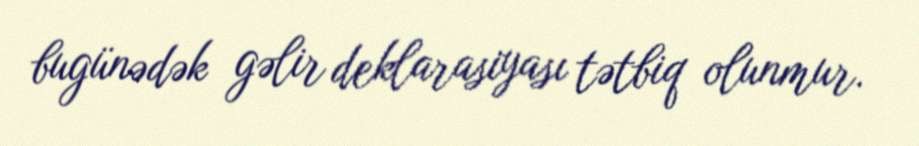
bugünədək gəlir deklarasiyası tətbiq olunmur.